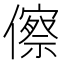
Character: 𬿺